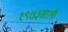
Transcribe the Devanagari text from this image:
१९७३साली